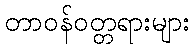
တာဝန်ဝတ္တရားများ